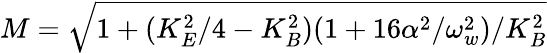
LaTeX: M=\sqrt{1+(K_{E}^{2}/4-K_{B}^{2})(1+16\alpha^{2}/\omega_{w}^{2})/K_{B}^{2}}